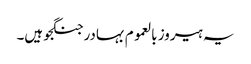
یہ ہیروز بالعموم بہادر جنگجو ہیں۔